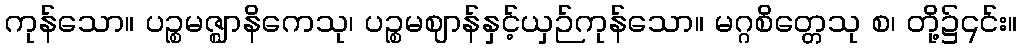
ကုန်သော။ ပဉ္စမဇ္ဈာနိကေသု၊ ပဉ္စမဈာန်နှင့်ယှဉ်ကုန်သော။ မဂ္ဂစိတ္တေသု စ၊ တို့၌၎င်း။